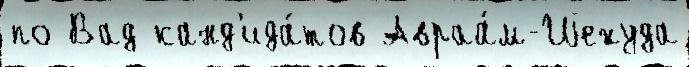
по Вад канд'ида́тов Авраа́м-Иjехуда